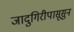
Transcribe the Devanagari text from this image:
जादुगिरीपासूसुन